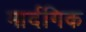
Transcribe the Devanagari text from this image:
मार्दगिक